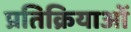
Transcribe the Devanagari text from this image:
प्रतिक्रियाआें